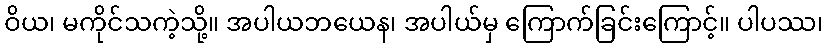
ဝိယ၊ မကိုင်သကဲ့သို့။ အပါယဘယေန၊ အပါယ်မှ ကြောက်ခြင်းကြောင့်။ ပါပဿ၊